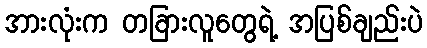
အားလုံးက တခြားလူတွေရဲ့ အပြစ်ချည်းပဲ